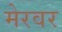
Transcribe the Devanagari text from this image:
मेरवर